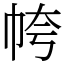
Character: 㡁